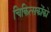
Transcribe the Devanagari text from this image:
चिकित्सकोंको